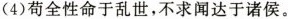
(4)苟全性命于乱世，不求闻达于诸侯。